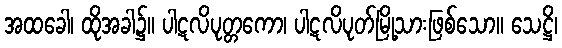
အထခေါ၊ ထိုအခါ၌။ ပါဋလိပုတ္တကော၊ ပါဋလိပုတ်မြို့သားဖြစ်သော။ သေဋ္ဌိ၊